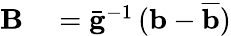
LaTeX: \begin{array}{rl}{{\mathbf B}}&{{}=\bar{\mathbf g}^{-1}\, ({\mathbf b}-\overline{{\mathbf b}})}\end{array}